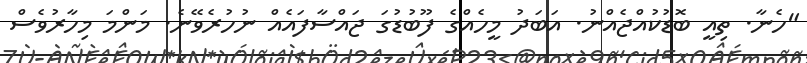
"ހެނާ. ތިއީ ބޮޑުކުއްޖެއްނު. އަބަދު މީހެއްގެ ފޫބުޑުގަ ޖައްސާފައެއް ނުހުރެވޭނެ. މަންމަ މިހާރުވެސް